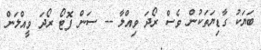
ބަޔަކު ގާޑިޔަތަކުން ވެސް ރޯދަ ވިއްލާ -- ސަން ފޮޓޯ ރޯދަ ވީއްލަން